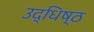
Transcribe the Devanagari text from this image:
उद्धिष्ठ